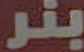
بنر